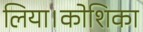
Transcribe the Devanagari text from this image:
लिया।कोशिका